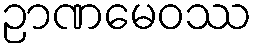
ဉာဏမေဝဿ